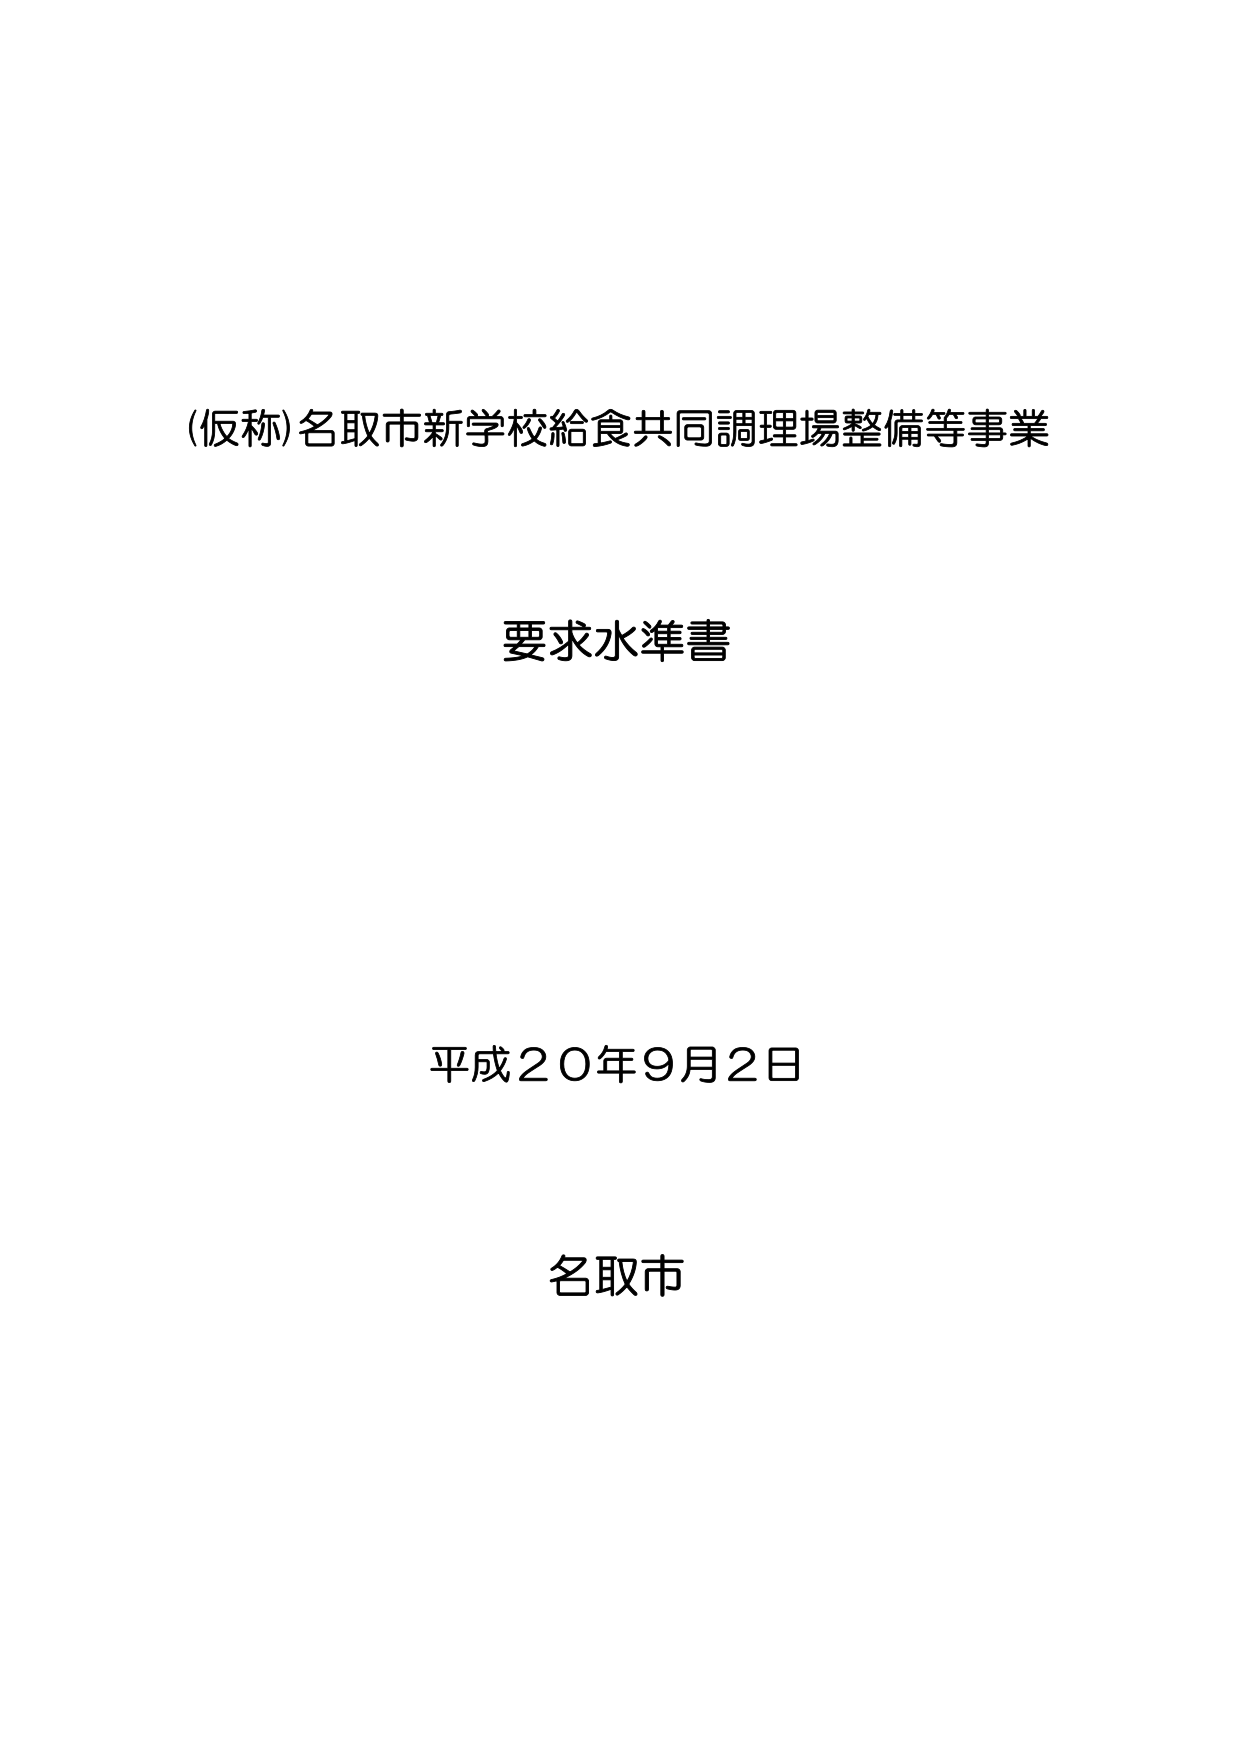
(仮称)名取市新学校給食共同調理場整備等事業

要求水準書

平成２０年９月２日

名取市